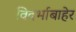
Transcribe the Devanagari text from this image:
विदर्भाबाहेर